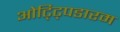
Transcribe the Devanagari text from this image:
ओट्ट्पिडारम